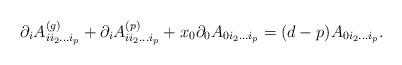
LaTeX: \begin{align*}\partial_{i}A_{i i_2\ldots i_p}^{(g)} +\partial_{i}A_{i i_2\ldots i_p}^{(p)} + x_0 \partial_0 A_{0 i_2\ldots i_p} = (d-p)A_{0 i_2\ldots i_p}.\end{align*}